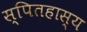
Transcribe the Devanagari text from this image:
स्पितहास्य